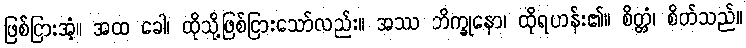
ဖြစ်ငြားအံ့။ အထ ခေါ၊ ထိုသို့ဖြစ်ငြားသော်လည်း။ အဿ ဘိက္ခုနော၊ ထိုရဟန်း၏။ စိတ္တံ၊ စိတ်သည်။